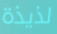
لذيذة